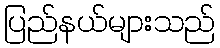
ပြည်နယ်များသည်